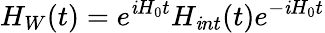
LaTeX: H_{W}(t)=e^{\mathit{i}H_{0}t}H_{\mathit{i}nt}(t)e^{-\mathit{i}H_{0}t}